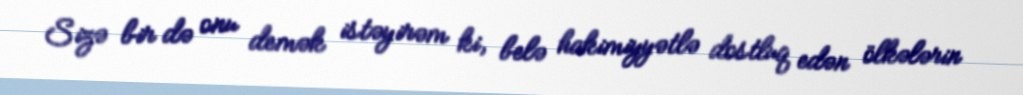
Sizə bir də onu demək istəyirəm ki, belə hakimiyyətlə dostluq edən ölkələrin